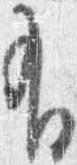
有